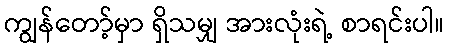
ကျွန်တော့်မှာ ရှိသမျှ အားလုံးရဲ့ စာရင်းပါ။